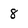
Character: 8